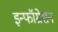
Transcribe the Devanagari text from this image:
इन्फॉम्रेशन